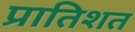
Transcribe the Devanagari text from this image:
प्रातिशत